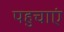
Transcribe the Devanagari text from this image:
पहुचाएं